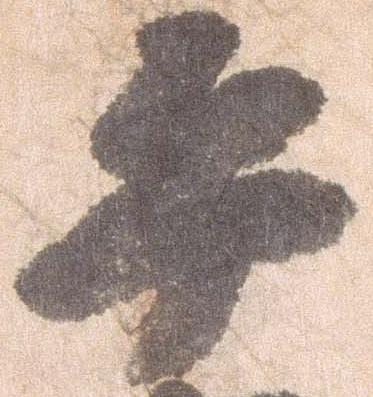
平